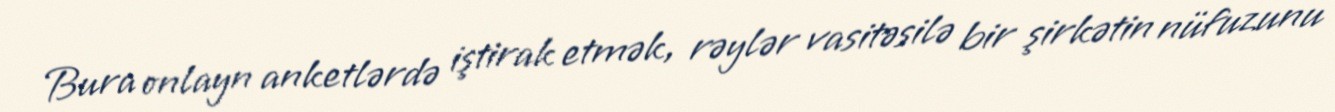
Bura onlayn anketlərdə iştirak etmək, rəylər vasitəsilə bir şirkətin nüfuzunu